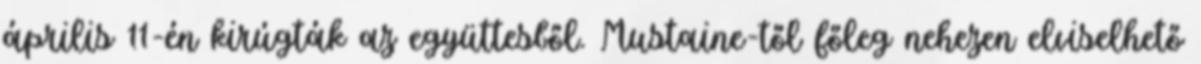
április 11-én kirúgták az együttesből. Mustaine-től főleg nehezen elviselhető